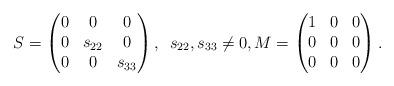
LaTeX: \begin{align*} S=\begin{pmatrix} 0 & 0 & 0\\ 0 & s_{22} & 0\\ 0 & 0 & s_{33}\end{pmatrix},\enskip s_{22}, s_{33} \neq 0,M=\begin{pmatrix} 1 & 0 & 0\\ 0 & 0 & 0\\ 0 & 0 & 0\\\end{pmatrix}.\end{align*}